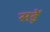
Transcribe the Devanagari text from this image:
सड़ें